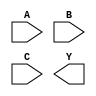
/**
 * Copyright 2020 The SkyWater PDK Authors
 *
 * Licensed under the Apache License, Version 2.0 (the "License");
 * you may not use this file except in compliance with the License.
 * You may obtain a copy of the License at
 *
 *     https://www.apache.org/licenses/LICENSE-2.0
 *
 * Unless required by applicable law or agreed to in writing, software
 * distributed under the License is distributed on an "AS IS" BASIS,
 * WITHOUT WARRANTIES OR CONDITIONS OF ANY KIND, either express or implied.
 * See the License for the specific language governing permissions and
 * limitations under the License.
 *
 * SPDX-License-Identifier: Apache-2.0
 */

`ifndef SKY130_FD_SC_LP__NOR3_SYMBOL_V
`define SKY130_FD_SC_LP__NOR3_SYMBOL_V

/**
 * nor3: 3-input NOR.
 *
 *       Y = !(A | B | C | !D)
 *
 * Verilog stub (without power pins) for graphical symbol definition
 * generation.
 *
 * WARNING: This file is autogenerated, do not modify directly!
 */

`timescale 1ns / 1ps
`default_nettype none

(* blackbox *)
module sky130_fd_sc_lp__nor3 (
    //# {{data|Data Signals}}
    input  A,
    input  B,
    input  C,
    output Y
);

    // Voltage supply signals
    supply1 VPWR;
    supply0 VGND;
    supply1 VPB ;
    supply0 VNB ;

endmodule

`default_nettype wire
`endif  // SKY130_FD_SC_LP__NOR3_SYMBOL_V